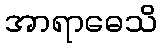
အာရာဓေသိ